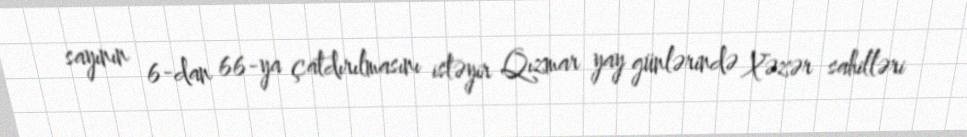
sayının 6-dan 66-ya çatdırılmasını istəyir Qızmar yay günlərində Xəzər sahilləri